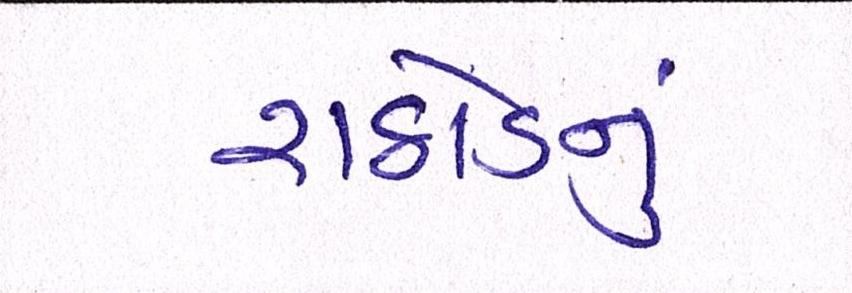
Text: રાઠોડનું